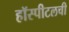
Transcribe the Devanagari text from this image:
हॉस्पीटलची